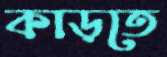
কাড়তে